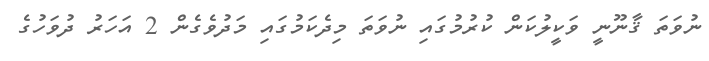
ނުވަތަ ޤާނޫނީ ވަކީލުކަން ކުރުމުގައި ނުވަތަ މިދެކަމުގައި މަދުވެގެން 2 އަހަރު ދުވަހުގެ